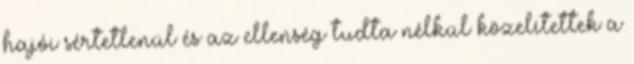
hajói sértetlenül és az ellenség tudta nélkül közelítettek a